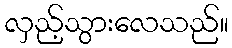
လှည့်သွားလေသည်။